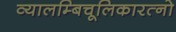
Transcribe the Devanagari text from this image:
व्यालम्बिचूलिकारत्नो